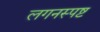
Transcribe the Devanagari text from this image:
लगनस्पष्ट